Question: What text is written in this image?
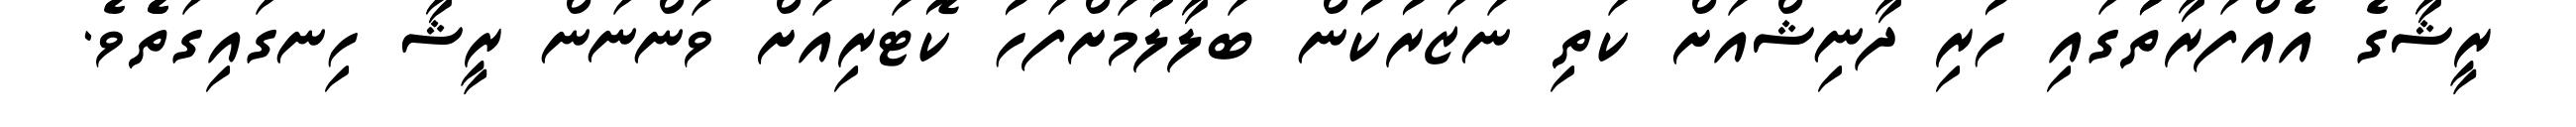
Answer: ރީޝާގެ އެއްފަރާތުުގައި ހުރި ދާނިޝްއަށް ކަތި ނަޒަރުކުން ބަލާލުުމަށްފަހު ކޮޓަރިއަށް ވަންނަން ރީޝާ ހިނގައިގަތެެވެ.